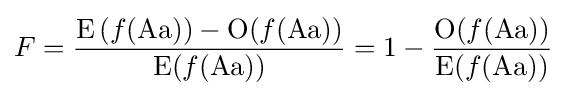
F={\frac {\operatorname {E} {(f({\text{Aa}}))}-\operatorname {O} (f({\text{Aa}}))}{\operatorname {E} (f({\text{Aa}}))}}=1-{\frac {\operatorname {O} (f({\text{Aa}}))}{\operatorname {E} (f({\text{Aa}}))}}